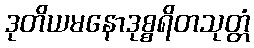
ဒုတိယမနောဒုစ္စရိတသုတ္တံ